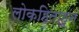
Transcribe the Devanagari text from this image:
लोकहिताहून